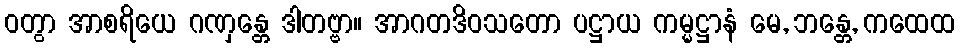
ဝတွာ အာစရိယေ ဂဏှန္တေ ဒါတဗ္ဗာ။ အာဂတဒိဝသတော ပဋ္ဌာယ ကမ္မဋ္ဌာနံ မေ, ဘန္တေ, ကထေထ